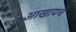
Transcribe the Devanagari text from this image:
आखायचे